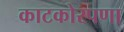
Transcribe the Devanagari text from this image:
काटकोरपणा